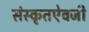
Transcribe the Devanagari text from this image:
संस्कृतऐवजी